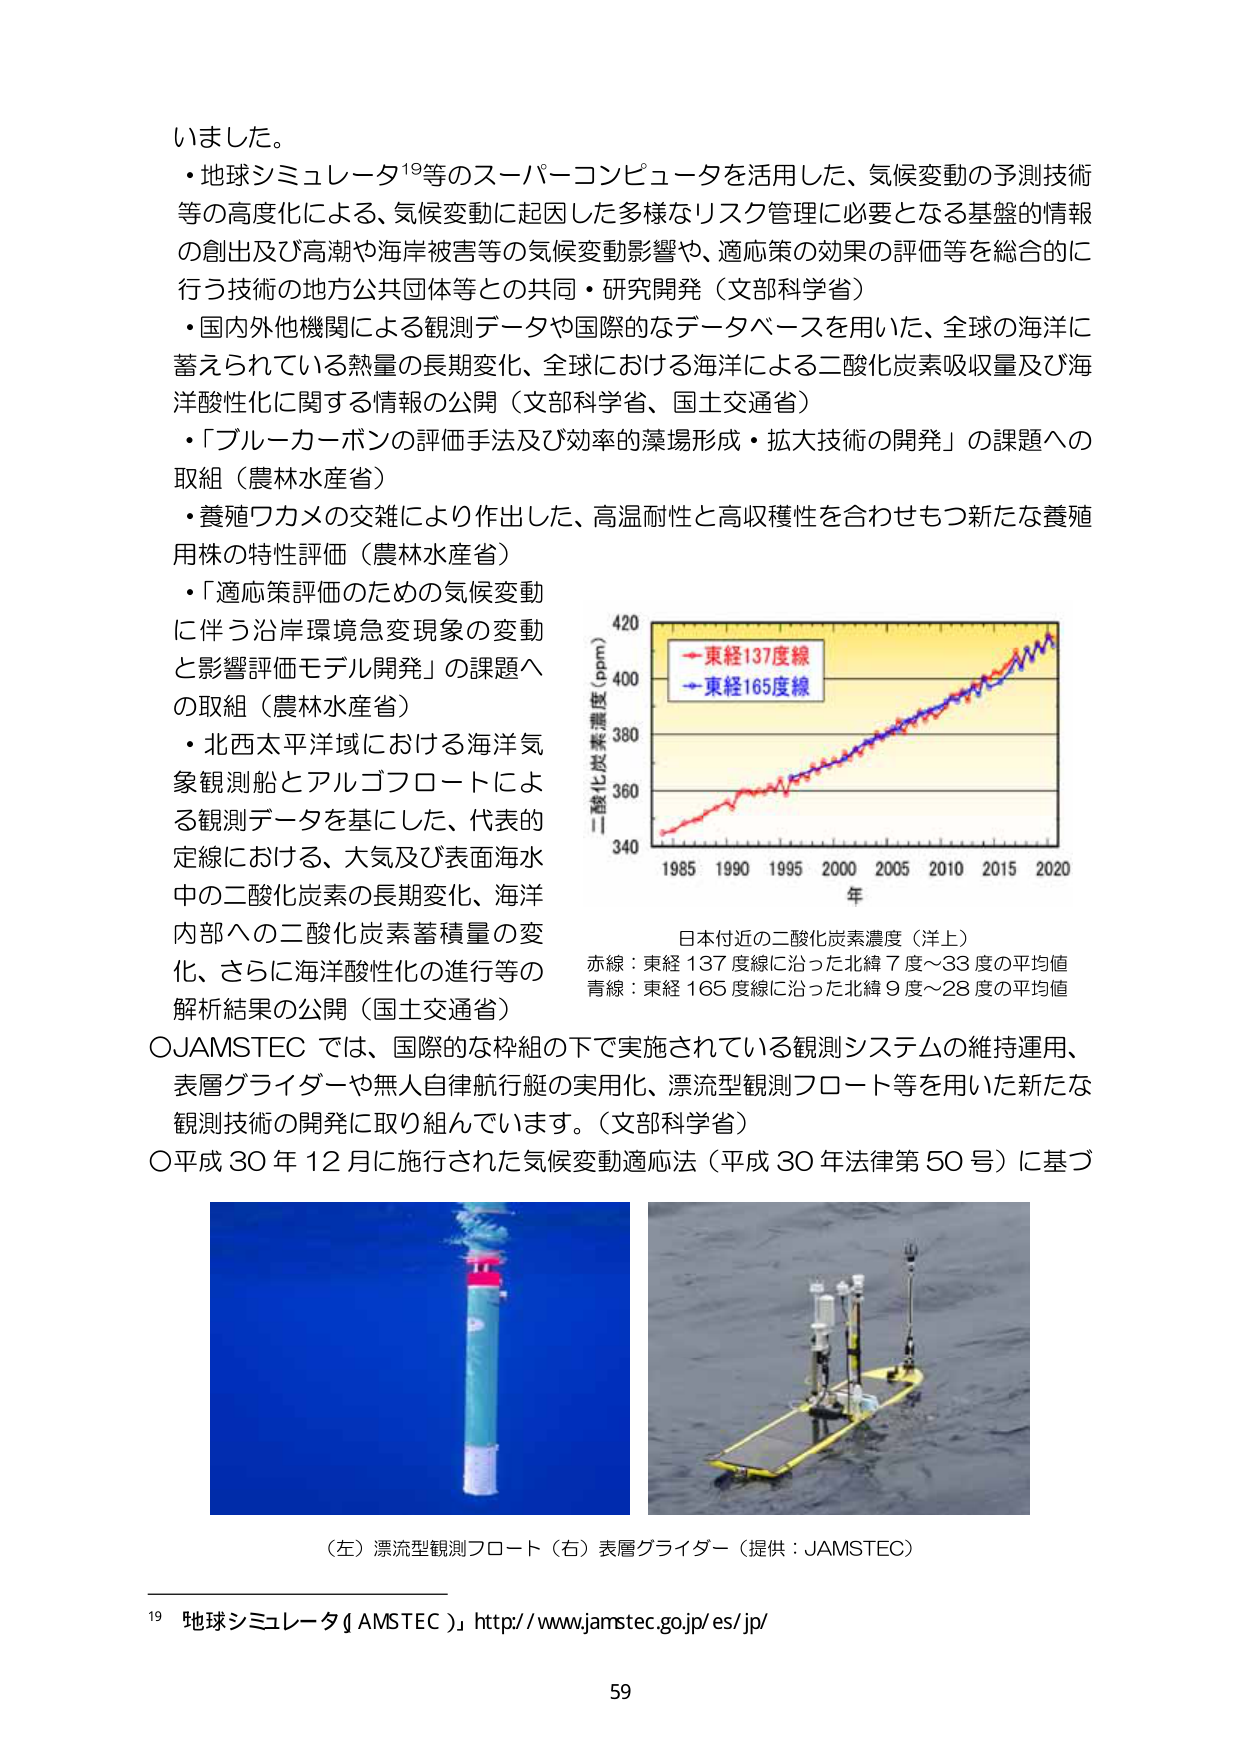
いました。
・地球シミュレータ¹⁹等のスーパーコンピュータを活用した、気候変動の予測技術等の高度化による、気候変動に起因した多様なリスク管理に必要となる基盤的情報の創出及び高潮や海岸被害等の気候変動影響や、適応策の効果の評価等を総合的に行う技術の地方公共団体等との共同・研究開発（文部科学省）
・国内外他機関による観測データや国際的なデータベースを用いた、全球の海洋に蓄えられている熱量の長期変化、全球における海洋による二酸化炭素吸収量及び海洋酸性化に関する情報の公開（文部科学省、国土交通省）
・「ブルーカーボンの評価手法及び効率的藻場形成・拡大技術の開発」の課題への取組（農林水産省）
・養殖ワカメの交雑により作出した、高温耐性と高収穫性を合わせもつ新たな養殖用株の特性評価（農林水産省）
・「適応策評価のための気候変動に伴う沿岸環境急変現象の変動と影響評価モデル開発」の課題への取組（農林水産省）
・北西太平洋域における海洋気象観測船とアルゴフロートによる観測データを基にした、代表的定線における、大気及び表面海水中の二酸化炭素の長期変化、海洋内部への二酸化炭素蓄積量の変化、さらに海洋酸性化の進行等の解析結果の公開（国土交通省）
〇JAMSTECでは、国際的な枠組の下で実施されている観測システムの維持運用、表層グライダーや無人自律航行艇の実用化、漂流型観測フロート等を用いた新たな観測技術の開発に取り組んでいます。（文部科学省）
〇平成30年12月に施行された気候変動適応法（平成30年法律第50号）に基づ

二酸化炭素濃度（ppm）
420
→東経137度線
→東経165度線
400
380
360
340
1985 1990 1995 2000 2005 2010 2015 2020
年

日本付近の二酸化炭素濃度（洋上）
赤線：東経137度線に沿った北緯7度～33度の平均値
青線：東経165度線に沿った北緯9度～28度の平均値

（左）漂流型観測フロート（右）表層グライダー（提供：JAMSTEC）

¹⁹ 地球シミュレータ（JAMSTEC）」http://www.jamstec.go.jp/es/jp/

59